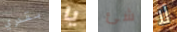
بقدري يا شئ لا